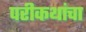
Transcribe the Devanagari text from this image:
परीकथांचा